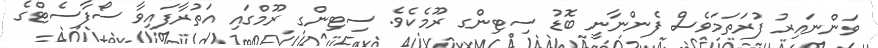
ވަންނައިރު ފުރަތަމަވެސް ފެންނާނީ ބޮޑު ސިޓިންގ ރޫމެކެވެ. ސިޓިންގ ރޫމްގައި އަތުރާފައިވާ ސޯފާސެޓްގެ